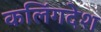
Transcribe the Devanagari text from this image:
कलिंगदेश